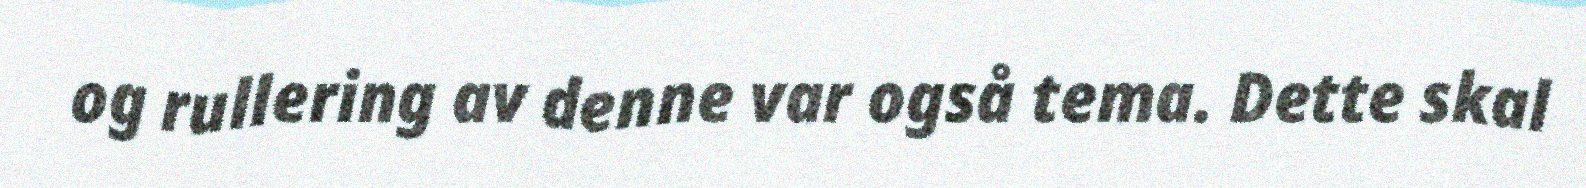
og rullering av denne var også tema. Dette skal